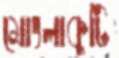
মোংলাকুটি